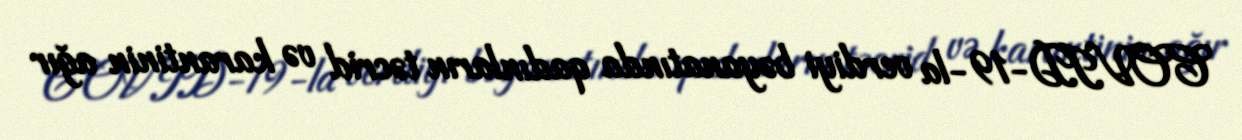
COVID-19-la verdiyi bəyanatında qadınların təcrid və karantinin ağır